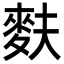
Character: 麩